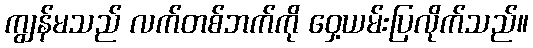
ကျွန်မသည် လက်တစ်ဘက်ကို ဝှေ့ယမ်းပြလိုက်သည်။